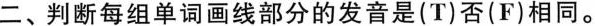
二、判断每组单词画线部分的发音是(T)否(F)相同。